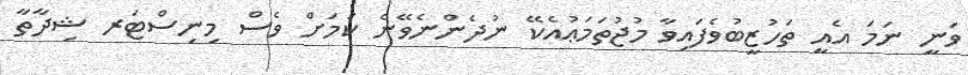
ވަނީ ނަމަ އެއީ ތަހުޒީބުވެފައިވާ މުޖުތަމަޢުއެކޭ ނުދެންނެވޭނެ ކަމަށް ވެސް މިނިސްޓަރ ޝިދާތާ